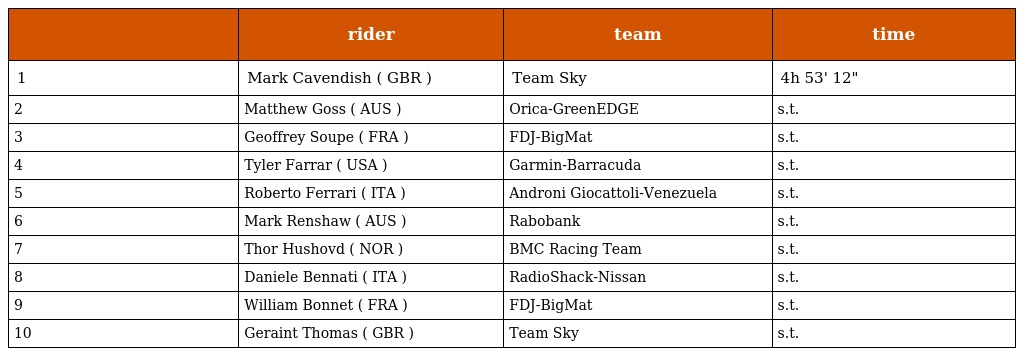
|  | rider | team | time |
 | --- | --- | --- | --- |
 | 1 | Mark Cavendish ( GBR ) | Team Sky | 4h 53' 12" |
 | 2 | Matthew Goss ( AUS ) | Orica-GreenEDGE | s.t. |
 | 3 | Geoffrey Soupe ( FRA ) | FDJ-BigMat | s.t. |
 | 4 | Tyler Farrar ( USA ) | Garmin-Barracuda | s.t. |
 | 5 | Roberto Ferrari ( ITA ) | Androni Giocattoli-Venezuela | s.t. |
 | 6 | Mark Renshaw ( AUS ) | Rabobank | s.t. |
 | 7 | Thor Hushovd ( NOR ) | BMC Racing Team | s.t. |
 | 8 | Daniele Bennati ( ITA ) | RadioShack-Nissan | s.t. |
 | 9 | William Bonnet ( FRA ) | FDJ-BigMat | s.t. |
 | 10 | Geraint Thomas ( GBR ) | Team Sky | s.t. |